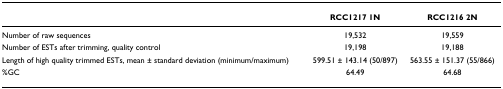
<table><thead><tr><td></td><td><b>RCC1217 1N</b></td><td><b>RCC1216 2N</b></td></tr></thead><tbody><tr><td>Number of raw sequences</td><td>19,532</td><td>19,559</td></tr><tr><td>Number of ESTs after trimming, quality control</td><td>19,198</td><td>19,188</td></tr><tr><td>Length of high quality trimmed ESTs, mean ± standard deviation (minimum/maximum)</td><td>599.51 ± 143.14 (50/897)</td><td>563.55 ± 151.37 (55/866)</td></tr><tr><td>%GC</td><td>64.49</td><td>64.68</td></tr></tbody></table>